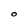
Character: O